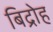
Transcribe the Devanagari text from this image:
बिद्रोह